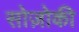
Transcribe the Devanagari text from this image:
सोज़ोकी